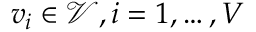
v _ { i } \in \mathcal { V } , i = 1 , \dots , V